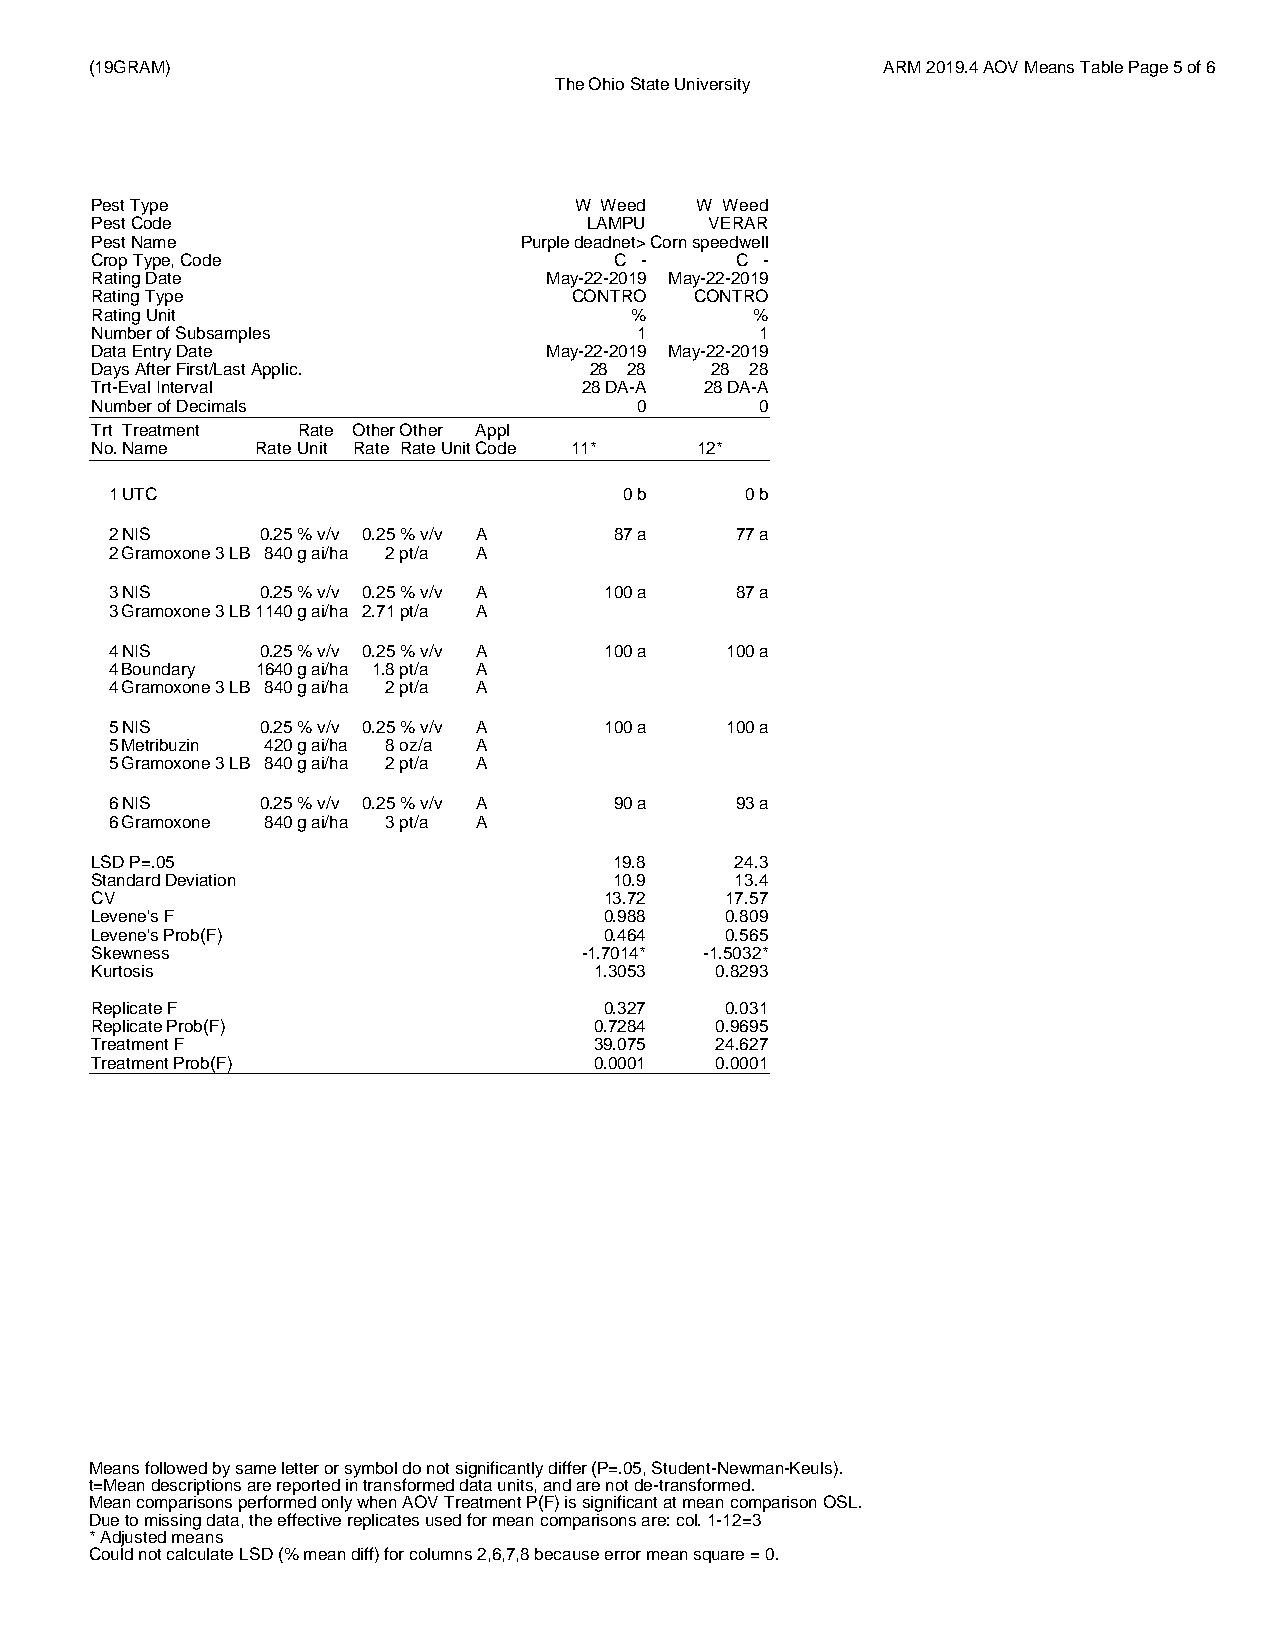
(19GRAM)                                            ARM 2019.4 AOV Means Table Page 5 of 6
 The Ohio State University
 Pest Type                       W Weed  W Weed
 Pest Code                        LAMPU   VERAR
 Pest Name                   Purple deadnet>Corn speedwell
 Crop Type, Code                    C -     C -
 Rating Date                   May-22-2019 May-22-2019
 Rating Type                     CONTRO  CONTRO
 Rating Unit                         %       %
 Number of Subsamples                1       1
 Data Entry Date               May-22-2019 May-22-2019
 Days After First/Last Applic.    28 28   28 28
 Trt-Eval Interval                28 DA-A 28 DA-A
 Number of Decimals                  0       0
 Trt Treatment Rate OtherOther Appl
 No.Name    RateUnit Rate Rate UnitCode 11* 12*
 1UTC                              0b      0b
 2NIS      0.25% v/v 0.25% v/v A   87a     77a
 2Gramoxone 3 LB 840g ai/ha 2pt/a A
 3NIS      0.25% v/v 0.25% v/v A  100a     87a
 3Gramoxone 3 LB1140g ai/ha 2.71pt/a A
 4NIS      0.25% v/v 0.25% v/v A  100a    100a
 4Boundary 1640g ai/ha 1.8pt/a A
 4Gramoxone 3 LB 840g ai/ha 2pt/a A
 5NIS      0.25% v/v 0.25% v/v A  100a    100a
 5Metribuzin 420g ai/ha 8oz/a A
 5Gramoxone 3 LB 840g ai/ha 2pt/a A
 6NIS      0.25% v/v 0.25% v/v A   90a     93a
 6Gramoxone 840g ai/ha 3pt/a A
 LSD P=.05                          19.8    24.3
 Standard Deviation                 10.9    13.4
 CV                                13.72   17.57
 Levene's F                        0.988   0.809
 Levene's Prob(F)                  0.464   0.565
 Skewness                         -1.7014* -1.5032*
 Kurtosis                         1.3053  0.8293
 Replicate F                       0.327   0.031
 Replicate Prob(F)                0.7284  0.9695
 Treatment F                      39.075  24.627
 Treatment Prob(F)                0.0001  0.0001
 Means followed by same letter or symbol do not significantly differ (P=.05, Student-Newman-Keuls).
 t=Mean descriptions are reported in transformed data units, and are not de-transformed.
 Mean comparisons performed only when AOV Treatment P(F) is significant at mean comparison OSL.
 Due to missing data, the effective replicates used for mean comparisons are: col. 1-12=3
 * Adjusted means
 Could not calculate LSD (% mean diff) for columns 2,6,7,8 because error mean square = 0.